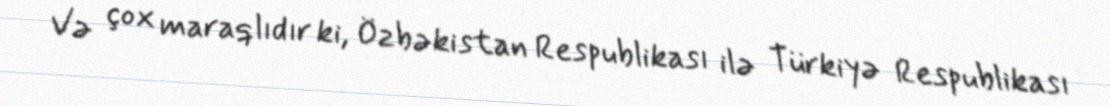
Və çox maraqlıdır ki, Özbəkistan Respublikası ilə Türkiyə Respublikası